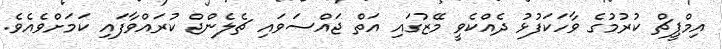
އިމްޕީޗް ކުރުމުގެ ވާހަކަފުޅު ދެއްކެވީ މޭޒުގައި އަތް ޖައްސަވައި ޗެލެންޖް ކުރައްވާފައި ކަމަށްވެއެވެ.